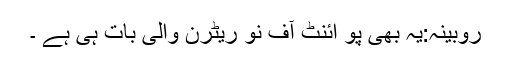
روبینہ:یہ بھی پو ائنٹ آف نو ریٹرن والی بات ہی ہے ۔